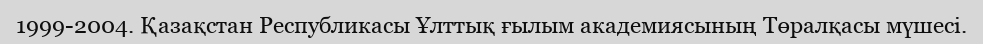
1999-2004. Қазақстан Республикасы Ұлттық ғылым академиясының Төралқасы мүшесі.